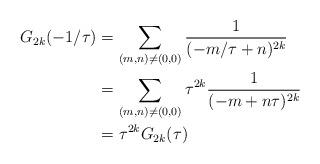
LaTeX: \begin{align*}G_{2k}(-1/\tau) &= \sum_{(m, n) \neq (0, 0)} \frac{1}{(-m/\tau + n)^{2k}} \\&= \sum_{(m, n) \neq (0, 0)} \tau^{2k}\frac{1}{(-m + n\tau)^{2k}} \\&= \tau^{2k} G_{2k}(\tau)\end{align*}